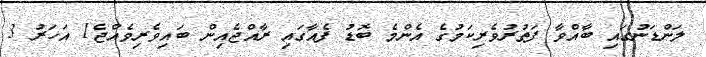
ލަންޑަނުގައި ބާއްވާ ފަތުރުވެރިކަމުގެ އެންމެ ބޮޑު ފެއާގައި ރާއްޖެއިން ބައިވެރިވެއްޖެ1 އަހަރު 3